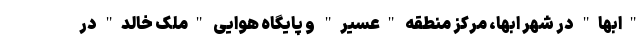
"ابها" در شهر ابها، مرکز منطقه "عسیر" و پایگاه هوایی "ملک خالد" در